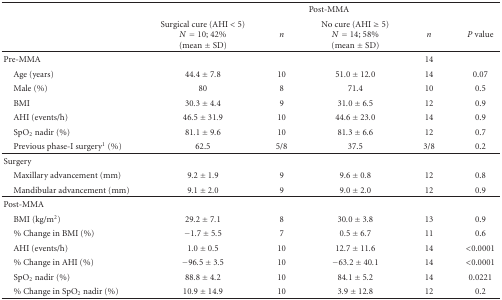
|  | <COLSPAN=5> Post-MMA |
 |  | Surgical cure (AHI < 5) N = 10; 42% (mean ± SD) | n | No cure (AHI ≥ 5) N = 14; 58% (mean ± SD) | n | P value |
 | --- | --- | --- | --- | --- | --- |
 | Pre-MMA |  |  |  | 14 |  |
 | Age (years) | 44.4 ± 7.8 | 10 | 51.0 ± 12.0 | 14 | 0.07 |
 | Male (%) | 80 | 8 | 71.4 | 10 | 0.5 |
 | BMI | 30.3 ± 4.4 | 9 | 31.0 ± 6.5 | 12 | 0.9 |
 | AHI (events/h) | 46.5 ± 31.9 | 10 | 44.6 ± 23.0 | 14 | 0.9 |
 | SpO2 nadir (%) | 81.1 ± 9.6 | 10 | 81.3 ± 6.6 | 12 | 0.7 |
 | Previous phase-I surgery1 (%) | 62.5 | 5/8 | 37.5 | 3/8 | 0.2 |
 | Surgery |  |  |  |  |  |
 | Maxillary advancement (mm) | 9.2 ± 1.9 | 9 | 9.6 ± 0.8 | 12 | 0.8 |
 | Mandibular advancement (mm) | 9.1 ± 2.0 | 9 | 9.0 ± 2.0 | 12 | 0.9 |
 | Post-MMA |  |  |  |  |  |
 | BMI (kg/m2) | 29.2 ± 7.1 | 8 | 30.0 ± 3.8 | 13 | 0.9 |
 | % Change in BMI (%) | −1.7 ± 5.5 | 7 | 0.5 ± 6.7 | 11 | 0.6 |
 | AHI (events/h) | 1.0 ± 0.5 | 10 | 12.7 ± 11.6 | 14 | <0.0001 |
 | % Change in AHI (%) | −96.5 ± 3.5 | 10 | −63.2 ± 40.1 | 14 | <0.0001 |
 | SpO2 nadir (%) | 88.8 ± 4.2 | 10 | 84.1 ± 5.2 | 14 | 0.0221 |
 | % Change in SpO2 nadir (%) | 10.9 ± 14.9 | 10 | 3.9 ± 12.8 | 12 | 0.2 |